system: You are a helpful assistant.
user:
Analyze the provided spectrum to determine if it is a **S-type Star**.

- **Key Indicators for S-type Star:**

    - **(Overall Spectrum Shape):** The first and most obvious characteristic is the overall continuum (the "baseline" shape). It is **extremely "red-sloping,"** meaning the flux (light intensity) is very low on the left side (blue, ~4000-4500 Å) and rises steeply and continuously toward the right side (red, ~7000 Å+).

    - **(Primary):** The spectrum is defined by the presence of strong, broad molecular absorption "valleys" (bands) from **Zirconium Oxide (ZrO)**. The identification of these bands is the **primary requirement** for classifying a star as S-type.
        - **(Key Bandheads):** You must find distinct, deep "dips" where the light has been absorbed. The most critical band systems to locate are:
            - **~6474 Å** ($\gamma$-system): This is often the strongest and clearest ZrO feature, found in the red part of the spectrum.
            - **~5718 Å** & **~5551 Å** ($\beta$-system): A pair of prominent absorption features in the yellow-orange part of the spectrum.
            - **~4640 Å** ($\alpha$-system): A key absorption band system in the blue-green region of the spectrum.

    - **(Secondary Confirmation):** The classification is strengthened by finding additional absorption bands from other related heavy element oxides, which are expected to be present alongside ZrO.
        - **(Key Bandheads):**
            - **Yttrium Oxide (YO):** Look for absorption dips near **~4800 Å** and **~6100 Å**.
            - **Lanthanum Oxide (LaO):** Additional absorption features, particularly in the red-orange part of the spectrum, are also characteristic.

    - **(Line Profile):** The combination of the steep red continuum and these numerous, deep molecular bands (ZrO, YO, etc.) gives the entire spectrum a very **"chopped-up"** or **"bumpy"** appearance. Instead of a smooth curve, the spectrum looks as though large, wide chunks of light have been "carved out" of it at the specific wavelengths listed above.

Think first, call **spectral_visualization_tool** if needed to examine features in detail, then provide your final answer. Your response must adhere to the following strict rules:
1.  **Overall Structure:** Your response must follow the format `<think>...</think> <tool_call>...</tool_call> (if a tool is used) <answer>...</answer>`.
2.  **Tool Usage Constraint:** You may only make **one** tool call per turn.
3.  **Final Answer Format:** In the `<answer>` tag, your conclusion must be inside a `\boxed{}` command (e.g., `\boxed{YES}` or `\boxed{NO}`), followed by your justification.

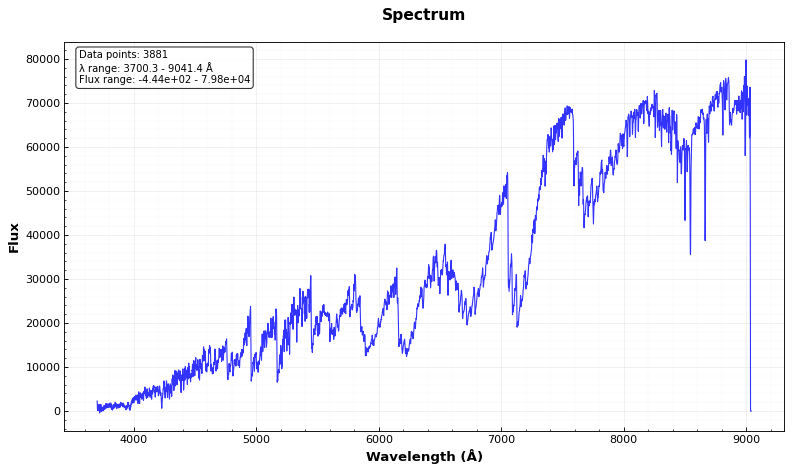
Answer: YES